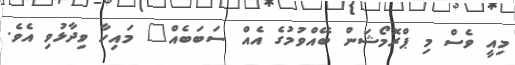
މިއީ ވެސް މި ޕްރޮމޯޝަން ބޭއްވުމުގެ އެއް ސަބަބެއް" މައިހާ ވިދާޅުވި އެވެ.